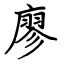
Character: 廖